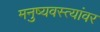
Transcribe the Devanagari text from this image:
मनुष्यवस्त्यांवर